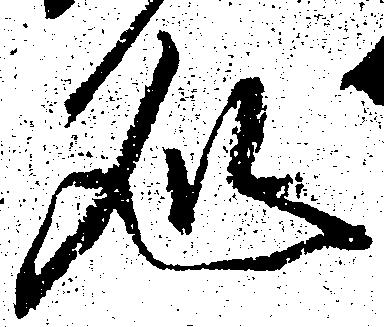
処